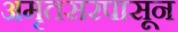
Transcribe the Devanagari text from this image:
अमृतसरपासून